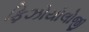
ફિઝોયોલોજી